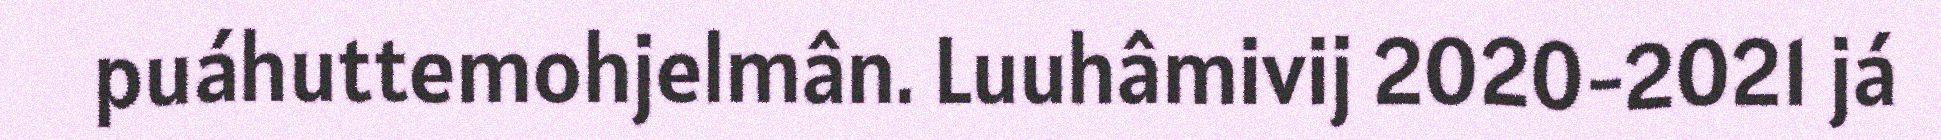
puáhuttemohjelmân. Luuhâmivij 2020-2021 já